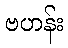
ဗဟန်း